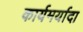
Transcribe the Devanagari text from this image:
कार्यमर्यादा